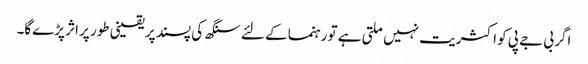
اگر بی جے پی کو اکثریت نہیں ملتی ہے تو رہنما کے لئے سنگھ کی پسند پر یقینی طور پر اثر پڑے‌گا۔